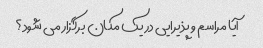
آیا مراسم و پذیرایی در یک مکان برگزار می شود؟